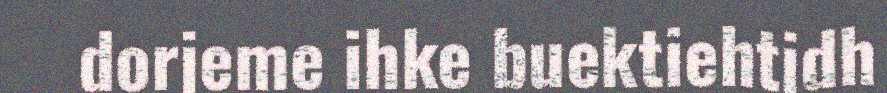
dorjeme ihke buektiehtidh